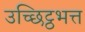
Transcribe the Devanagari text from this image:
उच्छिट्ठभत्त